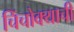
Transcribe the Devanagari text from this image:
चिंचोक्याची